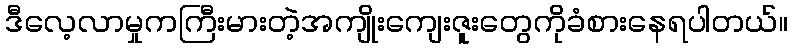
ဒီလေ့လာမှုကကြီးမားတဲ့အကျိုးကျေးဇူးတွေကိုခံစားနေရပါတယ်။